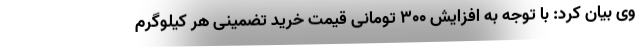
وی بیان کرد: با توجه به افزایش ۳۰۰ تومانی قیمت خرید تضمینی هر کیلوگرم